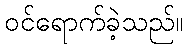
ဝင်ရောက်ခဲ့သည်။